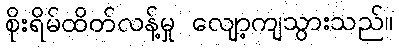
စိုးရိမ်ထိတ်လန့်မှု လျော့ကျသွားသည်။